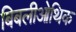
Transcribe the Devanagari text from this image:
बिबलीओथिक